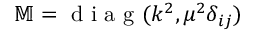
\mathbb { M } = \textrm { d i a g } ( k ^ { 2 } , \mu ^ { 2 } \delta _ { i j } )